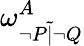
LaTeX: \omega_{\lnot P{\widetilde{|}}\lnot Q}^{A}